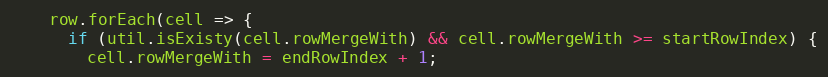
Language: JavaScript
    row.forEach(cell => {
      if (util.isExisty(cell.rowMergeWith) && cell.rowMergeWith >= startRowIndex) {
        cell.rowMergeWith = endRowIndex + 1;